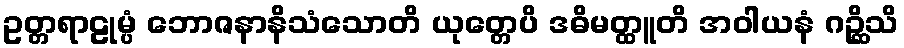
ဥတ္တရာဠုမ္ပံ ဘောဇနာနိသံသောတိ ယုတ္တေပိ ဒဓိမတ္ထူတိ အဝါယနံ ဂဉ္ဆိသိ